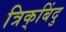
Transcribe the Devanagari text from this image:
त्रिक्‌बिंदु